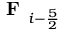
\textbf { F } _ { i - \frac { 5 } { 2 } }